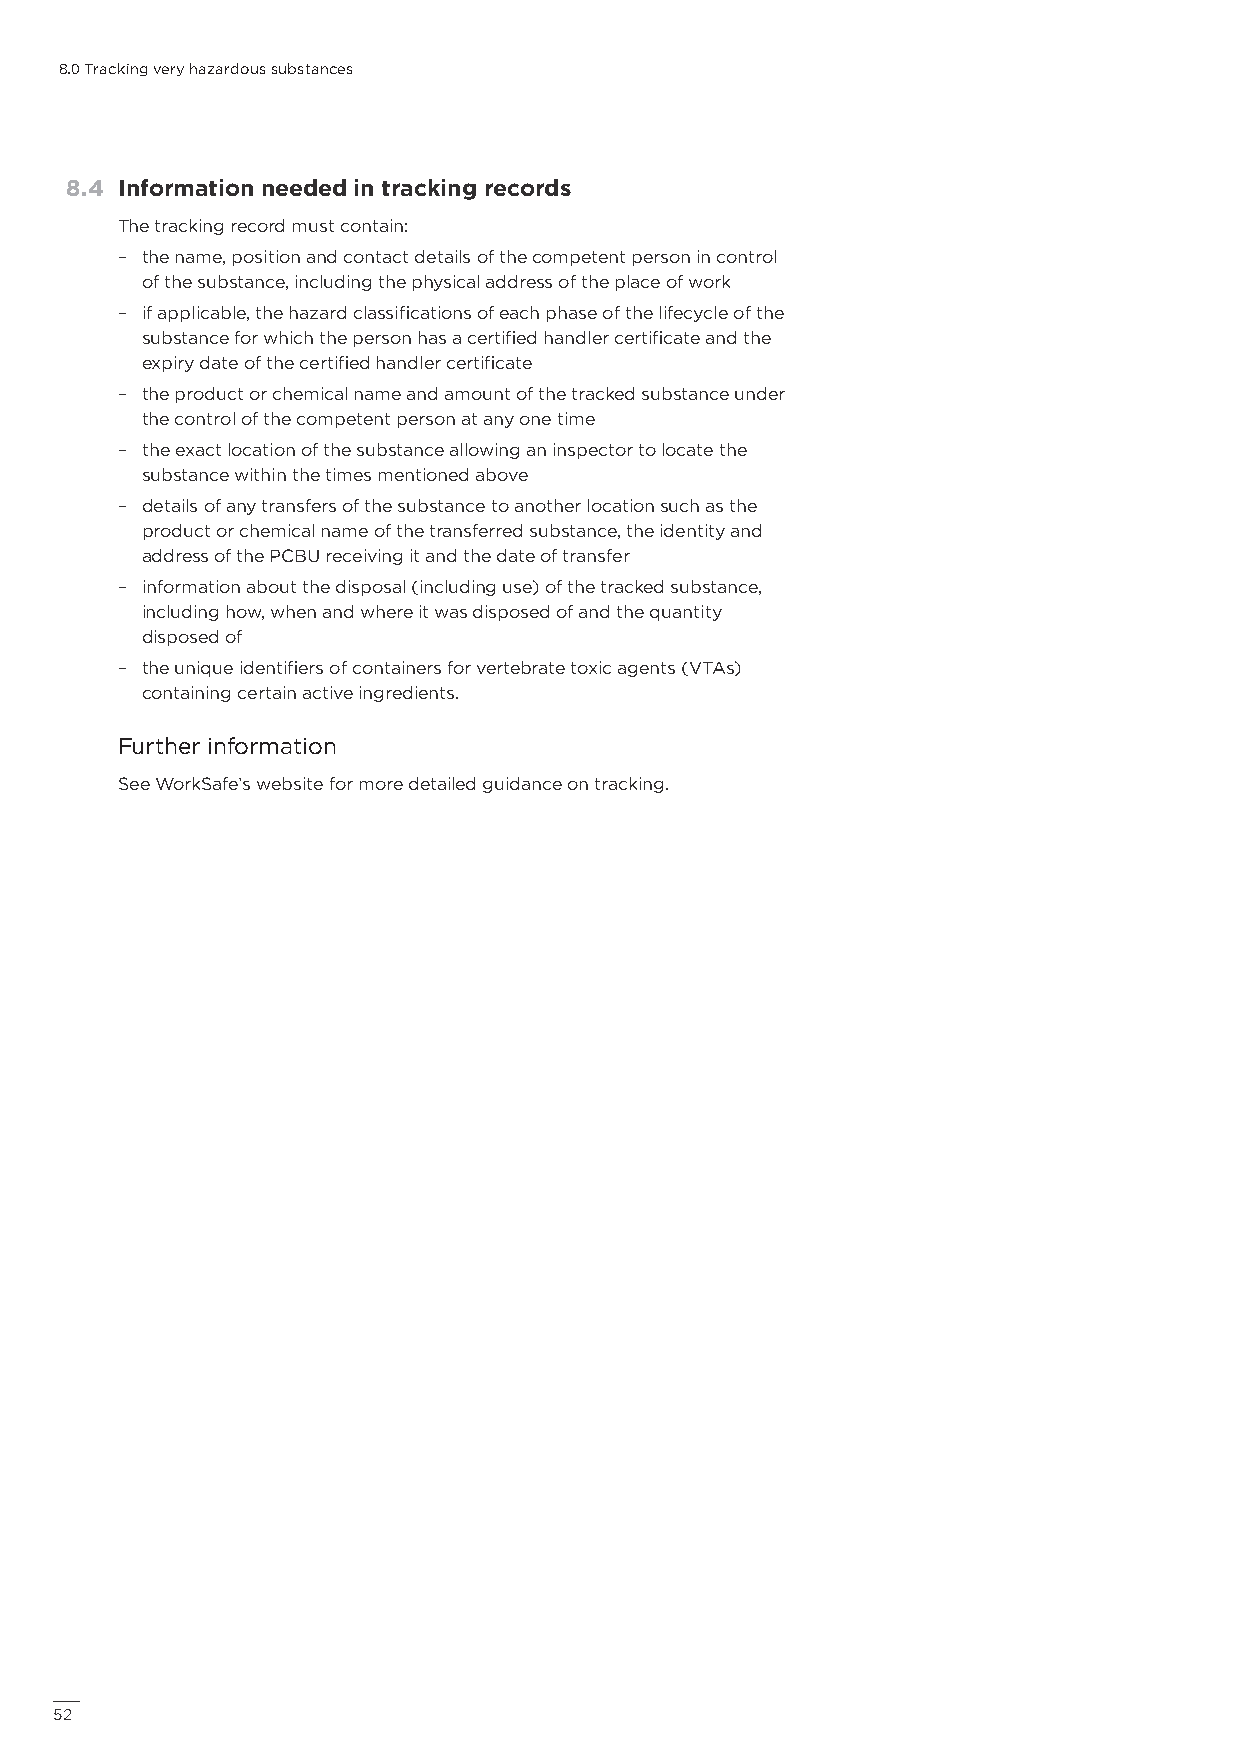
8.0 Tracking very hazardous substances
 8.4 Information needed in tracking records
 The tracking record must contain:
 – the name, position and contact details of the competent person in control
 of the substance, including the physical address of the place of work
 – if applicable, the hazard classifications of each phase of the lifecycle of the
 substance for which the person has a certified handler certificate and the
 expiry date of the certified handler certificate
 – the product or chemical name and amount of the tracked substance under
 the control of the competent person at any one time
 – the exact location of the substance allowing an inspector to locate the
 substance within the times mentioned above
 – details of any transfers of the substance to another location such as the
 product or chemical name of the transferred substance, the identity and
 address of the PCBU receiving it and the date of transfer
 – information about the disposal (including use) of the tracked substance,
 including how, when and where it was disposed of and the quantity
 disposed of
 – the unique identifiers of containers for vertebrate toxic agents (VTAs)
 containing certain active ingredients.
 Further information
 See WorkSafe’s website for more detailed guidance on tracking.
 52